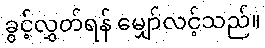
ခွင့်လွှတ်ရန် မျှော်လင့်သည်။